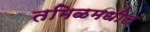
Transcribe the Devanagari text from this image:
तमिळमधील